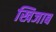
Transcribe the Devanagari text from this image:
खिजाब